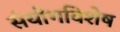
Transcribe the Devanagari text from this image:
संयोगविशेष